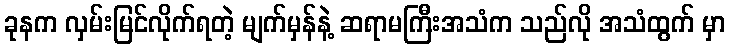
ခုနက လှမ်းမြင်လိုက်ရတဲ့ မျက်မှန်နဲ့ ဆရာမကြီးအသံက သည်လို အသံထွက် မှာ